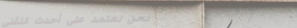
نحن نعتمد على أحدث التقني